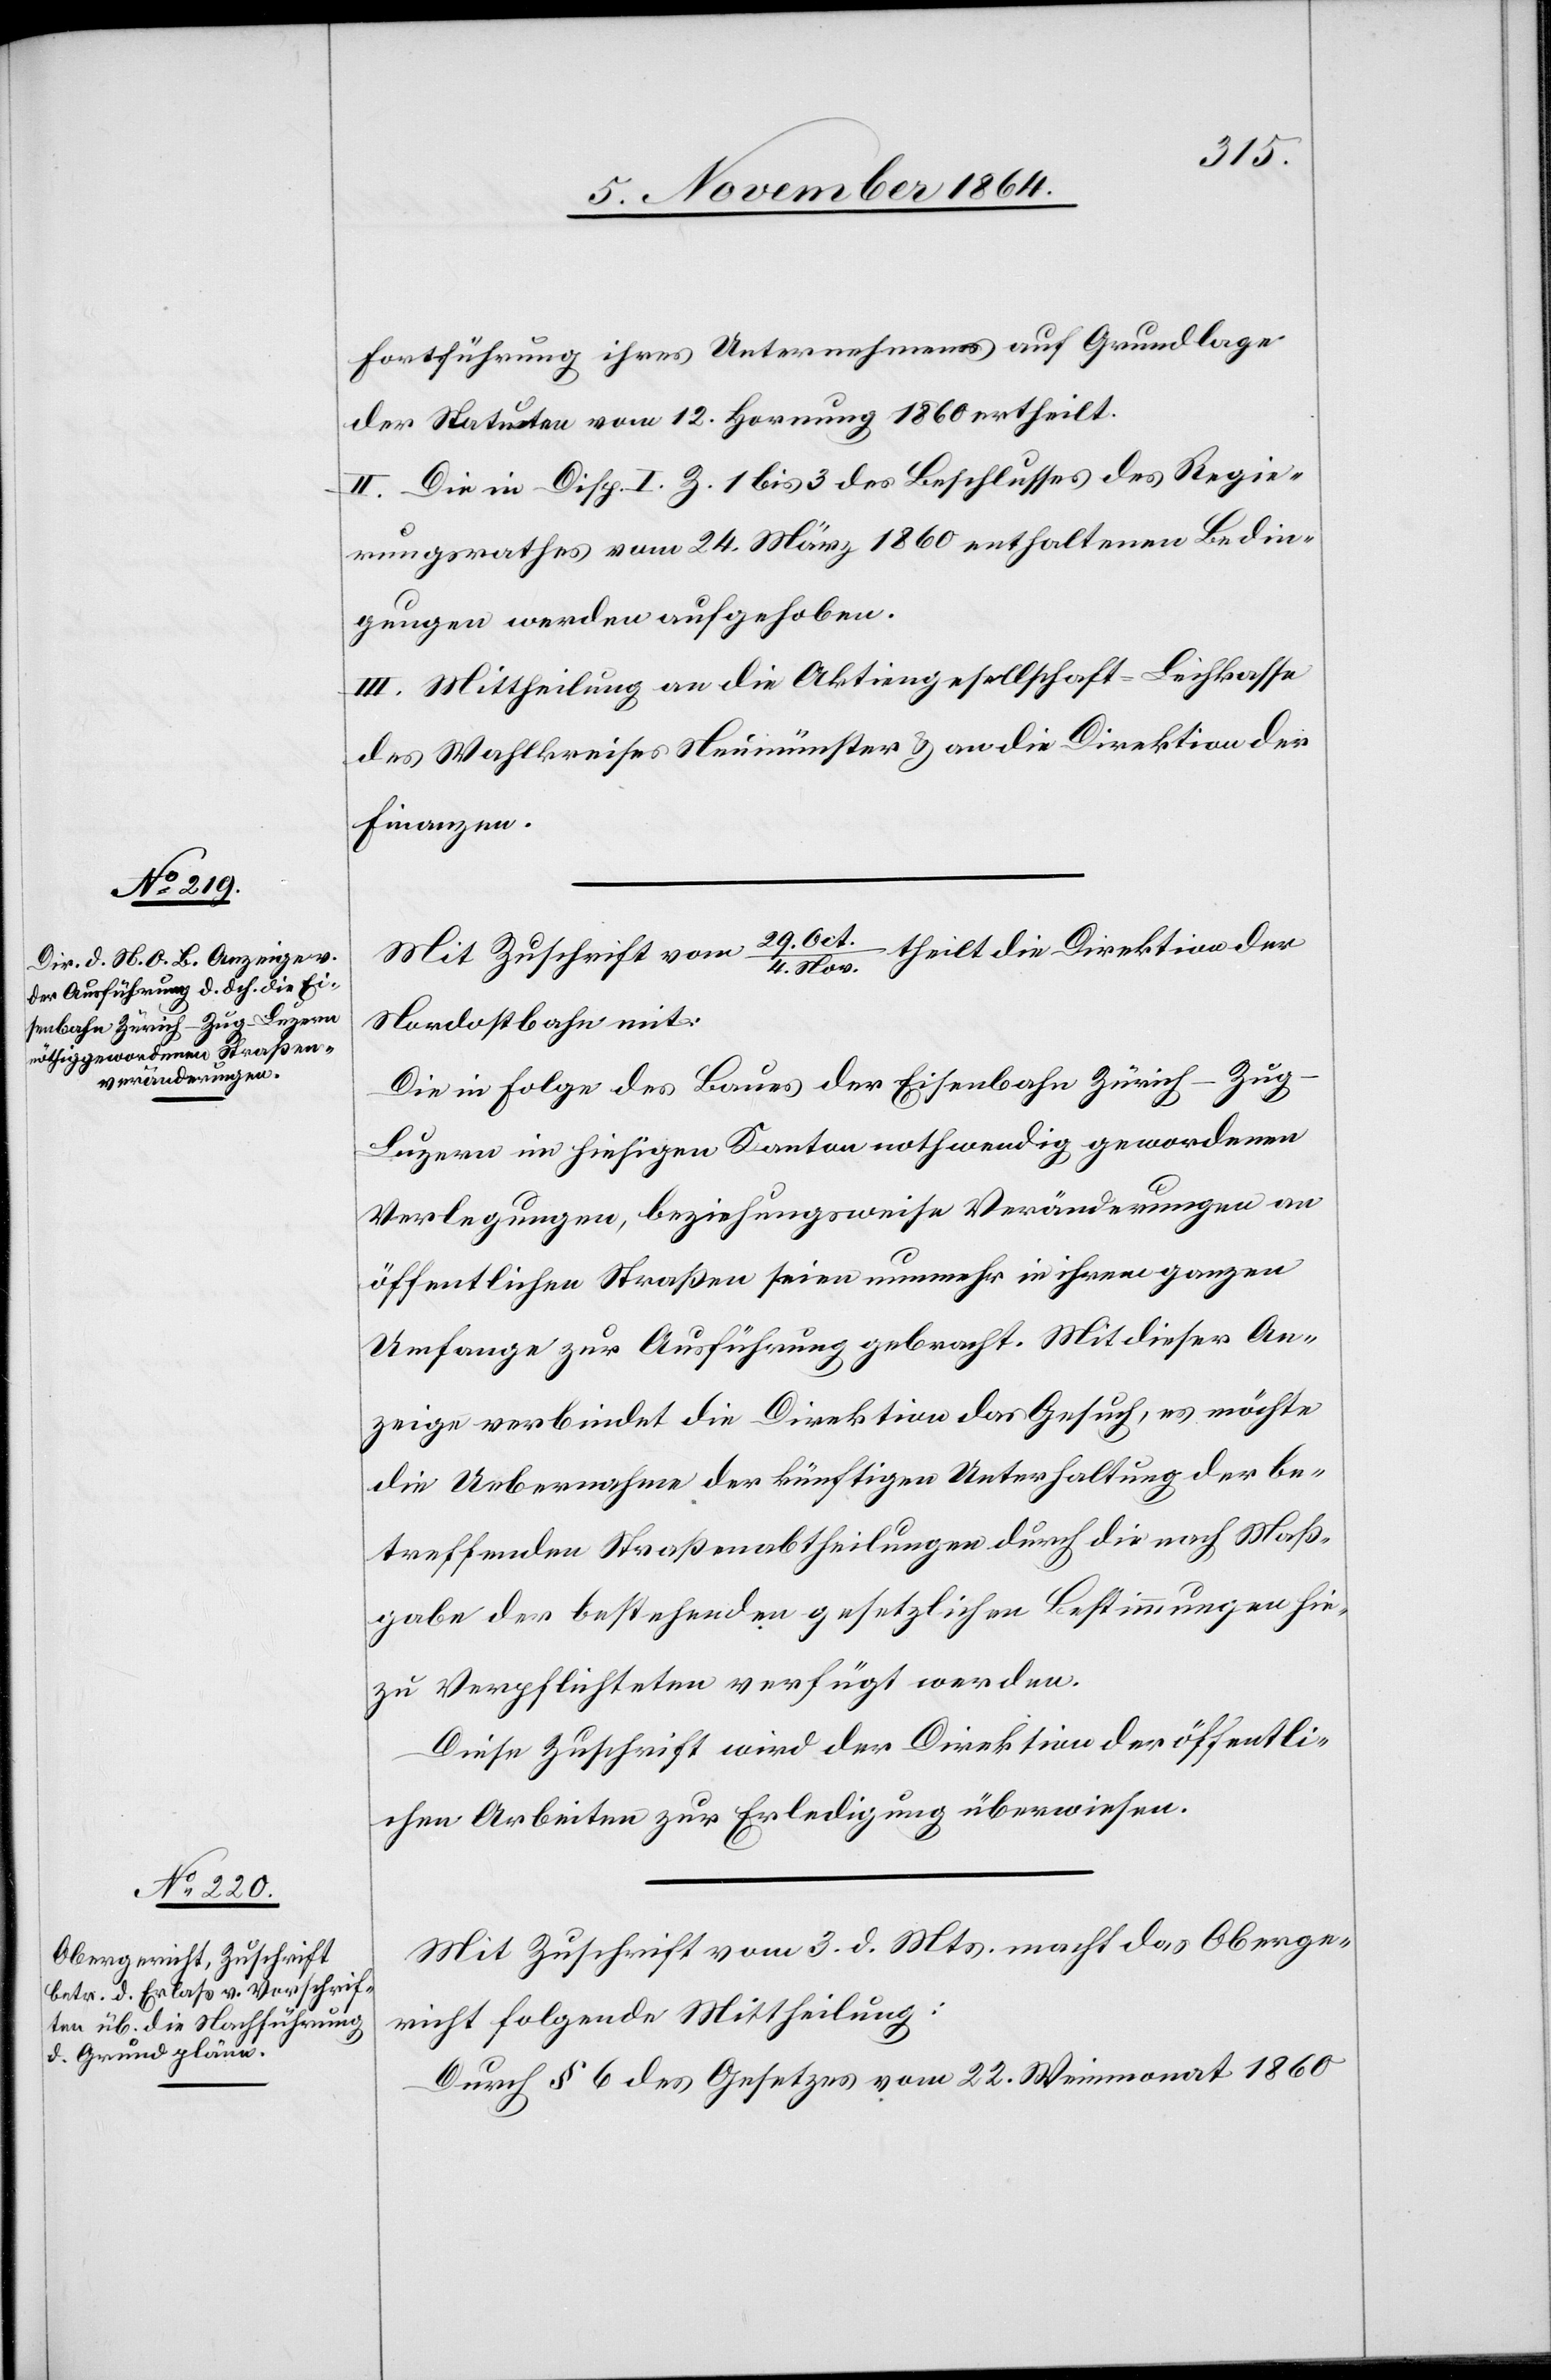
Fortführung ihres Unternehmens auf Grundlage
der Statuten vom 12. Hornung 1860 ertheilt.
II. Die in Disp. I Z. 1 bis 3 des Beschlusses des Regie¬
rungsrathes vom 24. März 1860 enthaltenen Bedin¬
gungen werden aufgehoben.
III. Mittheilung an die Aktiengesellschaft-Leihkasse
des Wahlkreises Neumünster & an die Direktion der
Finanzen.
theilt die Direktion der
Mit Zuschrift vom 29. Oc¬
t./4. Nov.
Nordostbahn mit:
Die in Folge des Baues der Eisenbahn Zürich–Zu¬
g–Luzern im hiesigen Kanton nothwendig gewordenen
Verlegungen, beziehungsweise Veränderungen an
öffentlichen Straßen seien nunmehr in ihrem ganzen
Umfange zur Ausführung gebracht. Mit dieser An¬
zeige verbindet die Direktion das Gesuch, es möchte
die Uebernahme der künftigen Unterhaltung der be¬
treffenden Straßenabtheilungen durch die nach Maß¬
gabe der bestehenden gesetzlichen Bestimmungen hie¬
zu Verpflichteten verfügt werden.
Diese Zuschrift wird der Direktion der öffentli¬
chen Arbeiten zur Erledigung überwiesen.
Mit Zuschrift vom 3. d. Mts. macht das Oberge¬
richt folgende Mittheilung:
Durch § 6 des Gesetzes vom 22. Weinmonat 1860